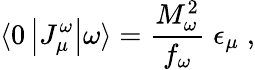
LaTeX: \langle 0\left|J_{\mu}^{\omega}\right|\omega\rangle=\frac{M_{\omega}^{2}}{f_{\omega}}\; \epsilon_{\mu}\; ,